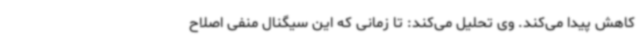
کاهش پیدا می‌کند. وی تحلیل می‌کند: تا زمانی که این سیگنال منفی اصلاح